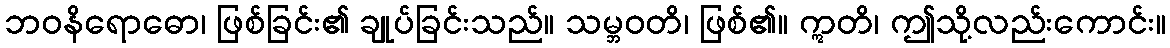
ဘဝနိရောဓော၊ ဖြစ်ခြင်း၏ ချုပ်ခြင်းသည်။ သမ္ဘဝတိ၊ ဖြစ်၏။ ဣတိ၊ ဤသို့လည်းကောင်း။